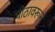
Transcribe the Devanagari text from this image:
पीठावरून